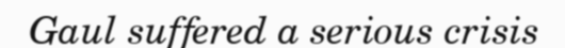
Gaul suffered a serious crisis